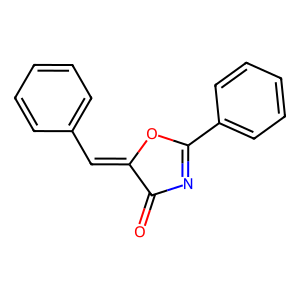
SMILES: O=C1N=C(c2ccccc2)OC1=Cc1ccccc1
Inhibits HIV replication: No